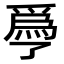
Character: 爳